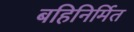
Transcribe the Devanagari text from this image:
बहिनिर्मित